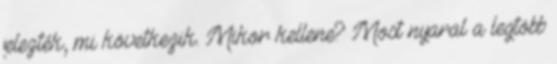
jelezték, mi következik. Mikor kellene? Most nyaral a legtöbb